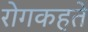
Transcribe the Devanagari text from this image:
रोगकहते